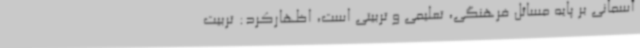
آسمانی بر پایه مسائل فرهنگی، تعلیمی و تربیتی است، اظهارکرد: تربیت